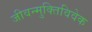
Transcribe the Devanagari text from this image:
जीवन्मुक्तिविवेक